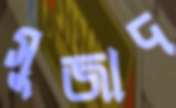
সুজাদ